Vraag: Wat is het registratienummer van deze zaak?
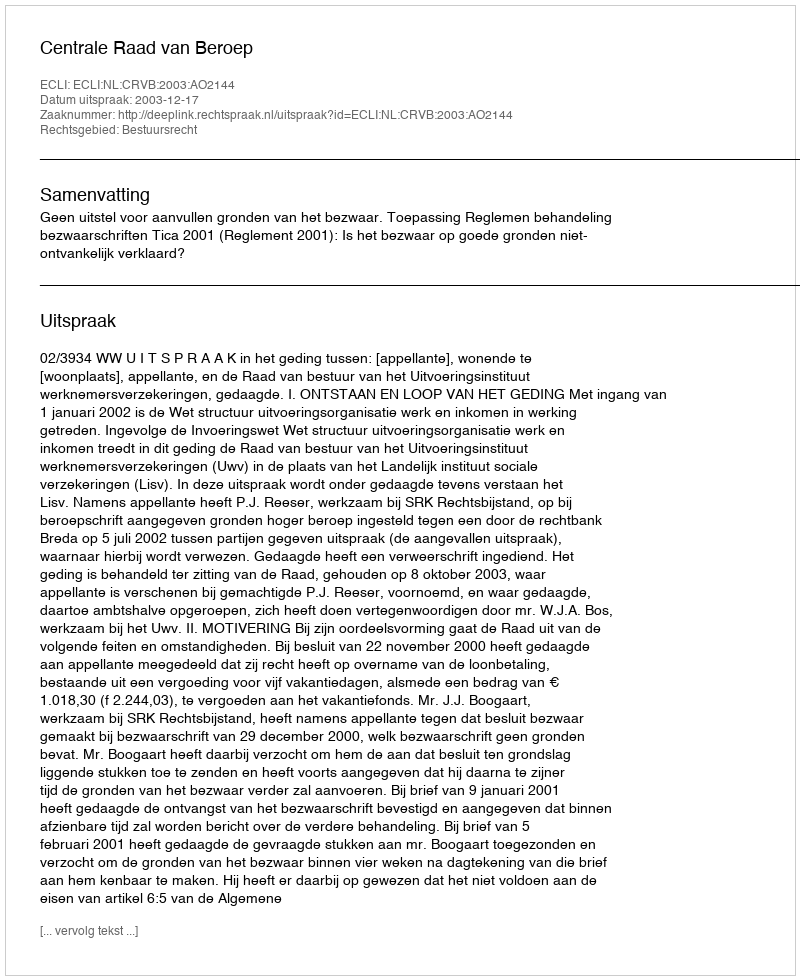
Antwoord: http://deeplink.rechtspraak.nl/uitspraak?id=ECLI:NL:CRVB:2003:AO2144